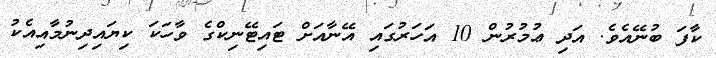
ކާފަ ބުނޭއެވެ. އަދި ޢުމުރުން 10 އަހަރުގައި އޭނާއަށް ޓައިޓޭނިކްގެ ވާހަކަ ކިޔައިދިނުމާއިއެކު